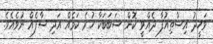
ވަހީދު އިސްތިއުފާ ދެއްވީ ކޮން ސަބަބަކާ ހުރެ ކަމެއް އަދި ސާފެއް ނުވެއެވެ.